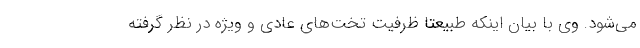
می‌شود. وی با بیان اینکه طبیعتا ظرفیت تخت‌های عادی و ویژه در نظر گرفته